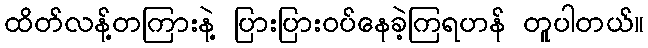
ထိတ်လန့်တကြားနဲ့ ပြားပြားဝပ်နေခဲ့ကြရဟန် တူပါတယ်။